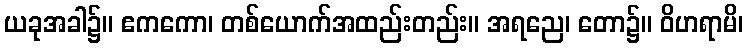
ယခုအခါ၌။ ဧကကော၊ တစ်ယောက်အထည်းတည်း။ အရညေ၊ တော၌။ ဝိဟရာမိ၊